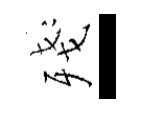
殘-